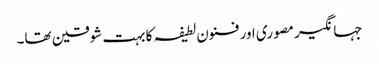
جہانگیر مصوری اور فنون لطیفہ کا بہت شوقین تھا۔